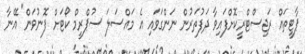
ޕާޓީތައް ރަޖިސްޓްރީކޮށްފައިވާ ދަފުތަރުން ނަންގަވައި އެ މައްސަލަ ސުޕްރީމް ކޯޓަށް ފޮނުވަން" އޭނާ